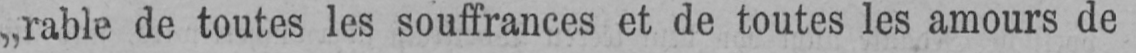
„rable de toutes les souffrances et de toutes les amours de